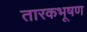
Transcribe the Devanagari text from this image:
तारकभूषण